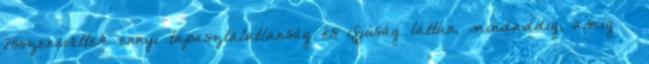
összenevettek ennyi tapasztalatlanság és ifjúság láttán, mindaddig, amíg –